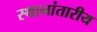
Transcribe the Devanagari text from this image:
स्थानांतारीय